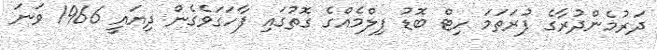
ދަރުމެންދުރާގެ ފުރަތަމަ ހިޓް ބޮޑު ފިލްމެއްގެ ގޮތުގައި ފާހަގަވެގެން ދިޔައީ 1966 ވަނަ